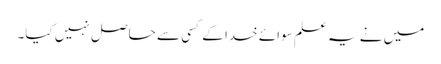
میں نے یہ علم سوائے خدا کے کسی سے حاصل نہیں کیا۔